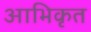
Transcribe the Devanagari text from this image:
आभिकृत